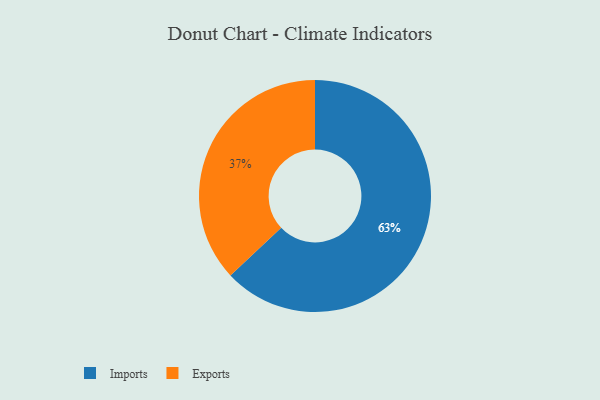
{"axis": {"x": "Category", "y": "Percentage"}, "legend": ["Exports", "Imports"], "data": [{"x": "Exports", "y": 37, "type": "Exports"}, {"x": "Imports", "y": 63, "type": "Imports"}]}